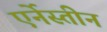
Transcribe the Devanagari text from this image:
एर्नेस्तीन